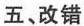
五、改错